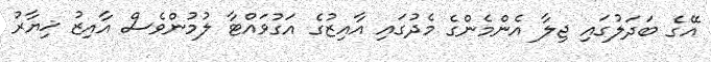
އޭގެ ބަދަލުގައި ޖިލާ އެންމެންގެ މެދުގައި އާއިޒުގެ އަގުވައްޓާ ލުމުންވެސް އާއިޒު ޚިޔާރު